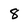
Character: 8